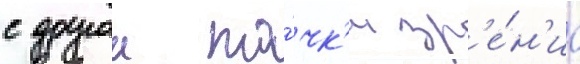
с другои то́чк'и зр'е́н'иа